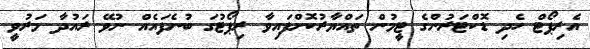
އެރިޕޯޓް ހެދި ޑޮކްޓަރުންގެ ޓީމުން ތައްޔާރުކޮށްފައިވާ ރިޕޯޓުގަ ބުނެފައެއް ނުވޭ ރައުދާ މަރުވީ